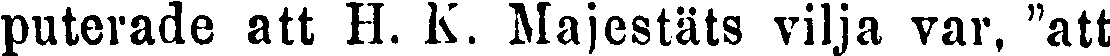
puterade att H. K. Majestäts vilja var, "att